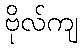
ဗိုလ်ကျ